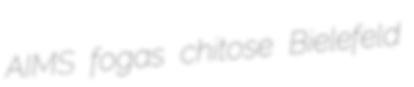
AIMS fogas chitose Bielefeld